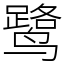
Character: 鹭